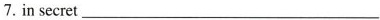
7.in secret ___